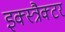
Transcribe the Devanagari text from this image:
इक्स्त्रैक्टर